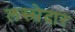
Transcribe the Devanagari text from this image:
लस्सेदार